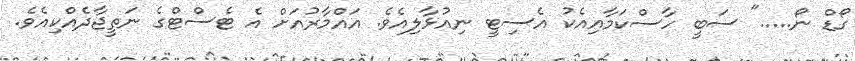
ގޯޑް ނޯ....." ސަބީ ހާސްކަމާއިއެކު އެސިޓީ ނިއުޅާލިއެވެ. އައްމާރުއަށް އެ ޓެސްޓްގެ ނަތީޖާދެއްކިއެވެ.